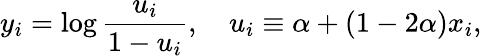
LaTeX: y_{i}=\log\frac{u_{i}}{1-u_{i}},\quad u_{i}\equiv\alpha+(1-2\alpha)x_{i},